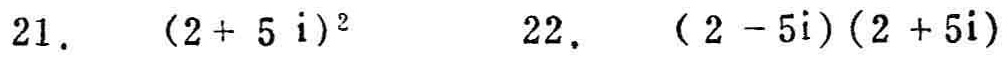
21. \((2 + 5i)^{2}\)  22. \((2 - 5i)(2 + 5i)\)